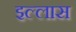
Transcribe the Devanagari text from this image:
इल्लास